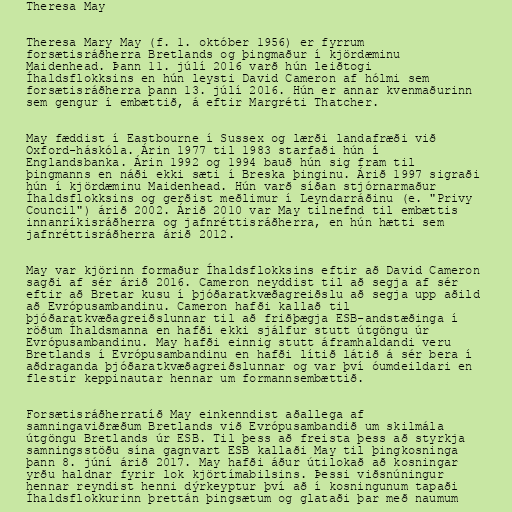
Theresa May

Theresa Mary May (f. 1. október 1956) er fyrrum
forsætisráðherra Bretlands og þingmaður í kjördæminu
Maidenhead. Þann 11. júlí 2016 varð hún leiðtogi
Íhaldsflokksins en hún leysti David Cameron af hólmi sem
forsætisráðherra þann 13. júlí 2016. Hún er annar kvenmaðurinn
sem gengur í embættið, á eftir Margréti Thatcher.

May fæddist í Eastbourne í Sussex og lærði landafræði við
Oxford-háskóla. Árin 1977 til 1983 starfaði hún í
Englandsbanka. Árin 1992 og 1994 bauð hún sig fram til
þingmanns en náði ekki sæti í Breska þinginu. Árið 1997 sigraði
hún í kjördæminu Maidenhead. Hún varð síðan stjórnarmaður
Íhaldsflokksins og gerðist meðlimur í Leyndarráðinu (e. "Privy
Council") árið 2002. Árið 2010 var May tilnefnd til embættis
innanríkisráðherra og jafnréttisráðherra, en hún hætti sem
jafnréttisráðherra árið 2012.

May var kjörinn formaður Íhaldsflokksins eftir að David Cameron
sagði af sér árið 2016. Cameron neyddist til að segja af sér
eftir að Bretar kusu í þjóðaratkvæðagreiðslu að segja upp aðild
að Evrópusambandinu. Cameron hafði kallað til
þjóðaratkvæðagreiðslunnar til að friðþægja ESB-andstæðinga í
röðum Íhaldsmanna en hafði ekki sjálfur stutt útgöngu úr
Evrópusambandinu. May hafði einnig stutt áframhaldandi veru
Bretlands í Evrópusambandinu en hafði lítið látið á sér bera í
aðdraganda þjóðaratkvæðagreiðslunnar og var því óumdeildari en
flestir keppinautar hennar um formannsembættið.

Forsætisráðherratíð May einkenndist aðallega af
samningaviðræðum Bretlands við Evrópusambandið um skilmála
útgöngu Bretlands úr ESB. Til þess að freista þess að styrkja
samningsstöðu sína gagnvart ESB kallaði May til þingkosninga
þann 8. júní árið 2017. May hafði áður útilokað að kosningar
yrðu haldnar fyrir lok kjörtímabilsins. Þessi viðsnúningur
hennar reyndist henni dýrkeyptur því að í kosningunum tapaði
Íhaldsflokkurinn þrettán þingsætum og glataði þar með naumum